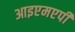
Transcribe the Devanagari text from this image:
आइएमएपी